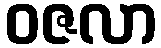
ဝဇလာ